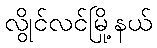
လွိုင်လင်မြို့နယ်